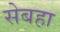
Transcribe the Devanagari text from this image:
सेबहा